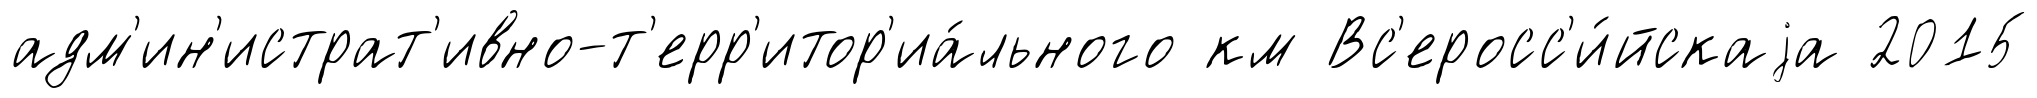
адм'ин'истрат'ивно-т'ерр'итор'иа́льного км Вс'еросс'и́йскаjа 2015